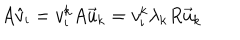
A \hat { v } _ { \mathrm { i } } = v _ { \mathrm { i } } ^ { \mathrm { k } } A \vec { u } _ { \mathrm { k } } = v _ { \mathrm { i } } ^ { \mathrm { k } } \lambda _ { \mathrm { k } } R \vec { u } _ { \mathrm { k } }